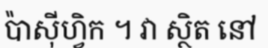
ប៉ាស៊ីហ្វិក ។ វា ស្ថិត នៅ